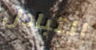
التبادل